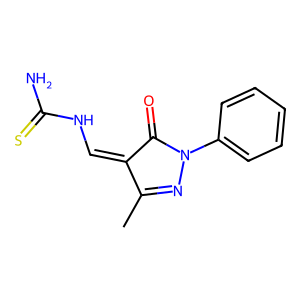
SMILES: CC1=NN(c2ccccc2)C(=O)C1=CNC(N)=S
Inhibits HIV replication: No